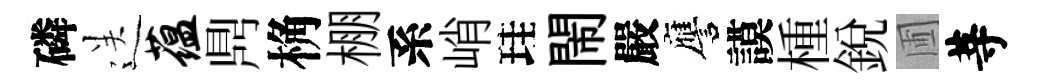
磷送蕴𪔂桷棚系峭珪閙嚴譍謨㮔銳圃䓁